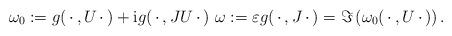
LaTeX: \begin{gather*}\omega_0:=g(\,\cdot\,,U\,\cdot\,)+{\rm i}g(\,\cdot\,,JU\,\cdot\,)\ \omega:=\varepsilon g(\,\cdot\,,J\,\cdot\,)=\Im\left(\omega_0(\,\cdot\,,U\,\cdot\,)\right).\end{gather*}